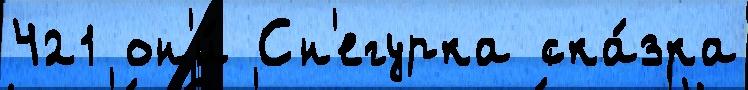
421 он'и́ Сн'егурка ска́зка